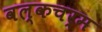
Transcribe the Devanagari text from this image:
वल्कचर्म